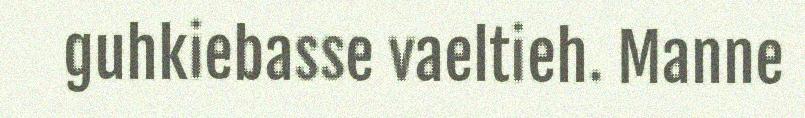
guhkiebasse vaeltieh. Manne